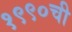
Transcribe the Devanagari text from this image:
१९९०ची